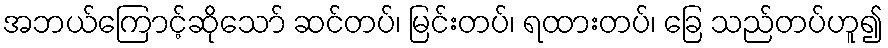
အဘယ်ကြောင့်ဆိုသော် ဆင်တပ်၊ မြင်းတပ်၊ ရထားတပ်၊ ခြေ သည်တပ်ဟူ၍